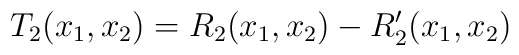
T_2(x_1,x_2)=R_2(x_1,x_2)-R_2^{\prime}(x_1,x_2)